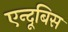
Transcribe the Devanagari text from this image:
एन्दूबिस